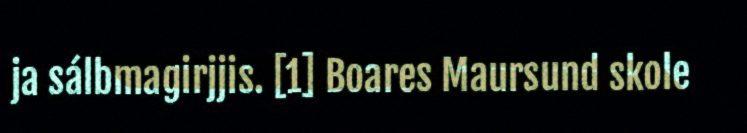
ja sálbmagirjjis. [1] Boares Maursund skole